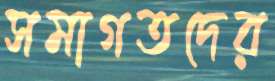
সমাগতদের